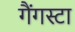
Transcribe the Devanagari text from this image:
गैंगस्टा